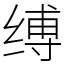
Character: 缚